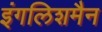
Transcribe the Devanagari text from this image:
इंगलिशमैन